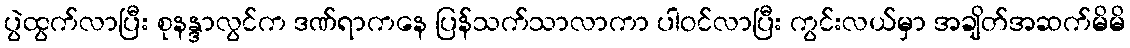
ပွဲထွက်လာပြီး စုနန္ဒာလွင်က ဒဏ်ရာကနေ ပြန်သက်သာလာကာ ပါဝင်လာပြီး ကွင်းလယ်မှာ အချိတ်အဆက်မိမိ